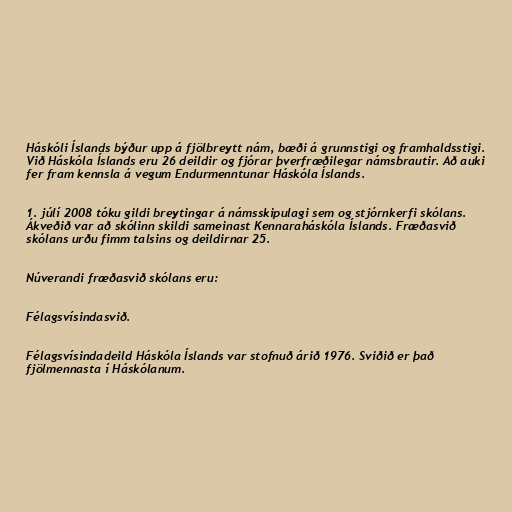
Háskóli Íslands býður upp á fjölbreytt nám, bæði á grunnstigi og framhaldsstigi.
Við Háskóla Íslands eru 26 deildir og fjórar þverfræðilegar námsbrautir. Að auki
fer fram kennsla á vegum Endurmenntunar Háskóla Íslands.

1. júlí 2008 tóku gildi breytingar á námsskipulagi sem og stjórnkerfi skólans.
Ákveðið var að skólinn skildi sameinast Kennaraháskóla Íslands. Fræðasvið
skólans urðu fimm talsins og deildirnar 25.

Núverandi fræðasvið skólans eru:

Félagsvísindasvið.

Félagsvísindadeild Háskóla Íslands var stofnuð árið 1976. Sviðið er það
fjölmennasta í Háskólanum.